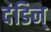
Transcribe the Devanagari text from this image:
दंडिन्